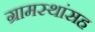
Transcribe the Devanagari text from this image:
ग्रामस्थांसह